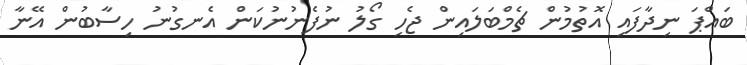
ބައްޕަ ނިދާފައި އޮތުމުން ޗެމްބަލައިން ޖެހި ގޯލު ނުފެނުނުކަން އެނގުނު ހިސާބުން އޭނާ